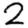
Digit: 2